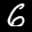
Label: 6